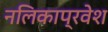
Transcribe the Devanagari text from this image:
नलिकाप्रवेश